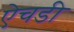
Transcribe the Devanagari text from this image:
ऐचडी